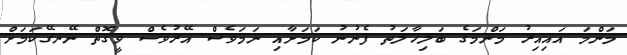
މަންމަ އައިއިރު މަންމަގެ ބަލިހާލަތު ފެނުނު ކަމަށާއި ނަމަވެސް އޭރުވެސް ވީގޮތް ނޭނގޭކަމަށް